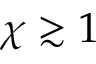
\chi \gtrsim 1